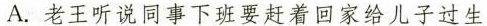
A.老王听说同事下班要赶着回家给儿子过生